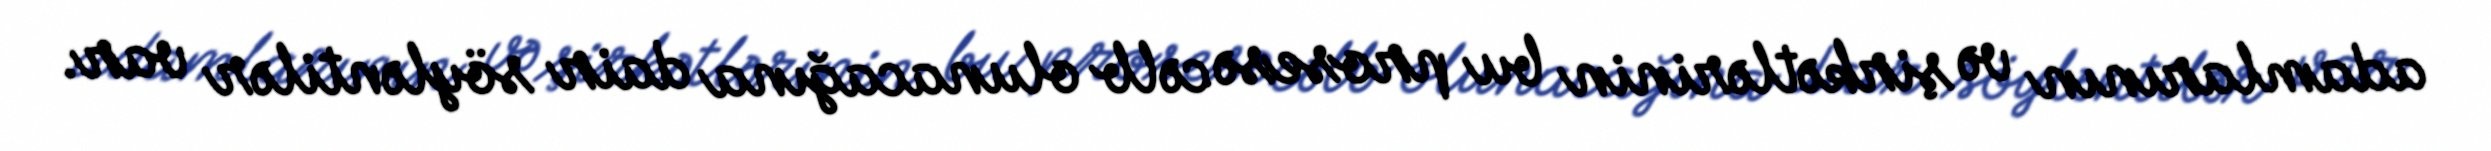
adamlarının və şirkətlərinin bu prosesə cəlb olunacağına dair söyləntilər var.